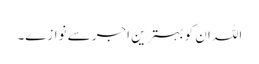
اللہ ان کو بہترین اجر سے نوازے۔